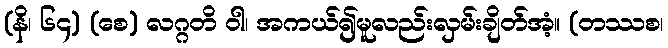
(နိ၊ ၆၄) (စေ) လဂ္ဂတိ ဝါ၊ အကယ်၍မူလည်းလှမ်းချိတ်အံ့။ (တဿစ၊